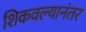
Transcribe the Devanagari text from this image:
शिकवल्यानंतर